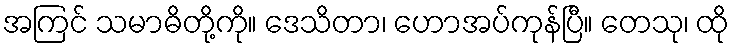
အကြင် သမာဓိတို့ကို။ ဒေသိတာ၊ ဟောအပ်ကုန်ပြီ။ တေသု၊ ထို